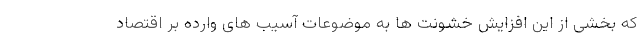
که بخشی از این افزایش خشونت ها به موضوعات آسیب های وارده بر اقتصاد